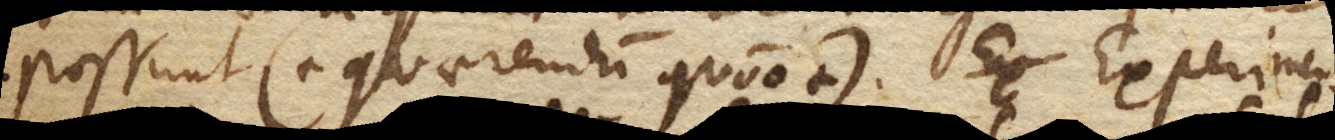
possunt. (+ Quaerendum quomodo. +) Experimen–